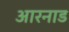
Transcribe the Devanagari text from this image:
आरनाड